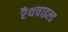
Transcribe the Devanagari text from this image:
रैथचाइल्ड